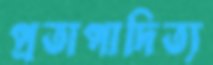
প্রতাপাদিত্য